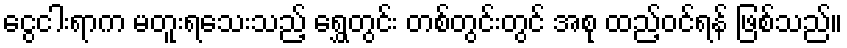
ငွေငါးရာက မတူးရသေးသည့် ရွှေတွင်း တစ်တွင်းတွင် အစု ထည့်ဝင်ရန် ဖြစ်သည်။